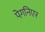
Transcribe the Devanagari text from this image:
पेगनिएर